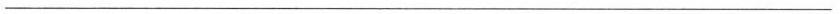
——————